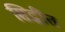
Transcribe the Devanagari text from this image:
सिद्धींत